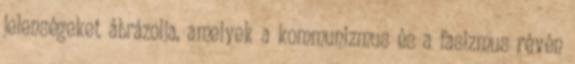
jelenségeket ábrázolja, amelyek a kommunizmus és a fasizmus révén